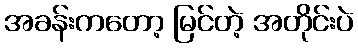
အခန်းကတော့ မြင်တဲ့ အတိုင်းပဲ